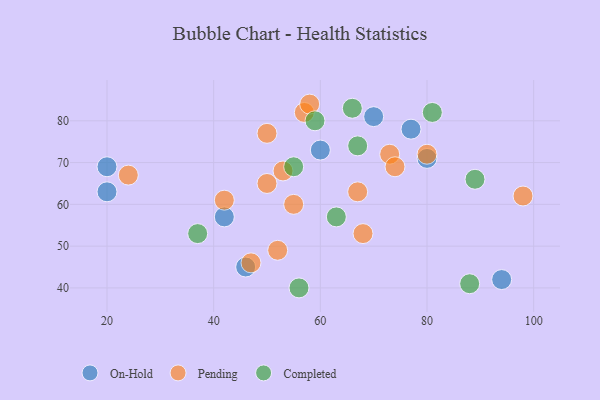
{"axis": {"x": "GDP", "y": "Life Expectancy"}, "legend": ["Completed", "On-Hold", "Pending"], "data": [{"x": "60", "y": 73, "type": "On-Hold"}, {"x": "80", "y": 71, "type": "On-Hold"}, {"x": "77", "y": 78, "type": "On-Hold"}, {"x": "42", "y": 57, "type": "On-Hold"}, {"x": "46", "y": 45, "type": "On-Hold"}, {"x": "94", "y": 42, "type": "On-Hold"}, {"x": "20", "y": 69, "type": "On-Hold"}, {"x": "20", "y": 63, "type": "On-Hold"}, {"x": "70", "y": 81, "type": "On-Hold"}, {"x": "55", "y": 60, "type": "Pending"}, {"x": "57", "y": 82, "type": "Pending"}, {"x": "67", "y": 63, "type": "Pending"}, {"x": "98", "y": 62, "type": "Pending"}, {"x": "80", "y": 72, "type": "Pending"}, {"x": "42", "y": 61, "type": "Pending"}, {"x": "68", "y": 53, "type": "Pending"}, {"x": "52", "y": 49, "type": "Pending"}, {"x": "73", "y": 72, "type": "Pending"}, {"x": "74", "y": 69, "type": "Pending"}, {"x": "58", "y": 84, "type": "Pending"}, {"x": "50", "y": 65, "type": "Pending"}, {"x": "24", "y": 67, "type": "Pending"}, {"x": "50", "y": 77, "type": "Pending"}, {"x": "47", "y": 46, "type": "Pending"}, {"x": "53", "y": 68, "type": "Pending"}, {"x": "37", "y": 53, "type": "Completed"}, {"x": "81", "y": 82, "type": "Completed"}, {"x": "89", "y": 66, "type": "Completed"}, {"x": "56", "y": 40, "type": "Completed"}, {"x": "55", "y": 69, "type": "Completed"}, {"x": "88", "y": 41, "type": "Completed"}, {"x": "66", "y": 83, "type": "Completed"}, {"x": "59", "y": 80, "type": "Completed"}, {"x": "67", "y": 74, "type": "Completed"}, {"x": "63", "y": 57, "type": "Completed"}]}